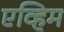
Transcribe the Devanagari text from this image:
एव्हिम